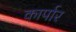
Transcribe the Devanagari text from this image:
कार्पार